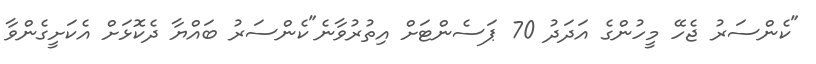
"ކެންސަރު ޖެހޭ މީހުންގެ އަދަދު 70 ޕަސެންޓަށް އިތުރުވާނެ"ކެންސަރު ބައްޔާ ދެކޮޅަށް އެކަށީގެންވާ